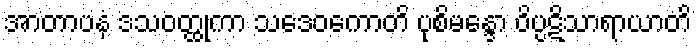
အာတာပနံ ဒသဝတ္ထုကာ သဒေဝကောတိ ပုစိမန္ဒော ဝိပ္ပဋိသာရာယာတိ